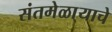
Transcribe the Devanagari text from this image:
संतमेळा्याचे